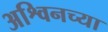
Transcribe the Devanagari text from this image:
अश्विनच्या